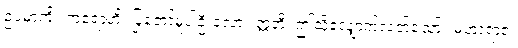
ဥပမာကို။ ကရောဟိ၊ ပြုတော်မူပါဦးလော။ ဣတိ၊ ဤသို့လျှောက်လတ်သော်။ မဟာရာဇ၊